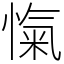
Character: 愾